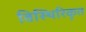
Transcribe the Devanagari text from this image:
विस्थिरिकृत